Necessitous school children, 1924
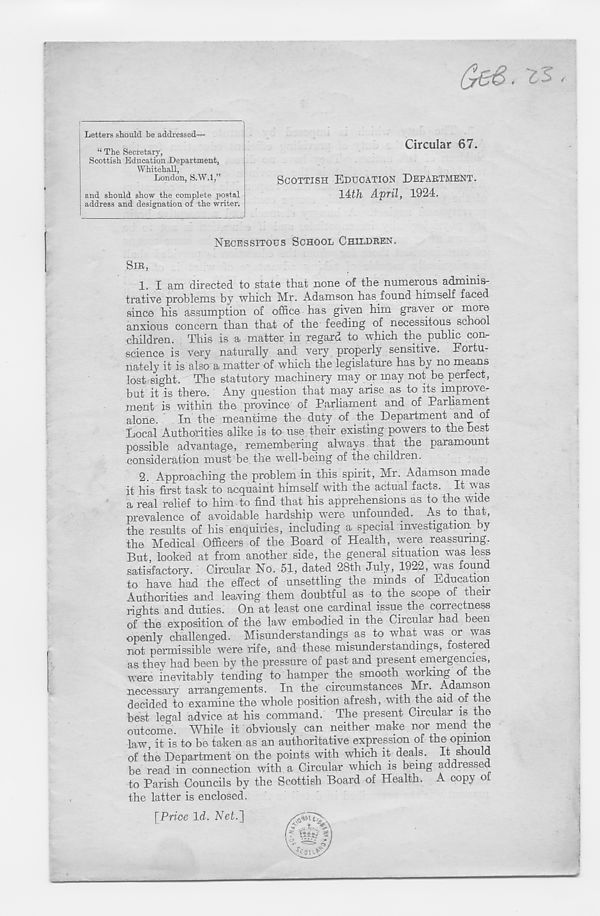
ge6. '£2
Letters should be addressed—
“ The Secretary,
Scottish Education Department,
Whitehall,
London, S.W.l,”
Circular 67.
and should show the complete postal
address and designation of the writer.
SCOTTISH EDUCATION DEPARTMENT.
lUh April, 1924.
NECESSITOUS SCHOOL CHILDREN.
SIR,
1. I am directed to state that none of the numerous adminis-
trative problems by which Mr. Adamson has found himself faced
since his assumption of office has given him graver or more
anxious concern than that of the feeding of necessitous school
children. This is a matter in regard to which the public con-
science is very naturally and very properly sensitive. Fortu-
nately it is also a matter of which the legislature has by no means
lost sight. The statutory machinery may or may not be perfect,
but it is there. Any question that may arise as to its improve-
ment is within the province of Parliament and of Parliament
alone.
In the meantime the duty of the Department and of
Local Authorities alike is to use their existing powers to the best
possible advantage, remembering always that the paramount
consideration must be the well-being of the children.
2. Approaching the problem in this spirit, Mr. Adamson made
it his first task to acquaint himself with the actual facts. It was
a real relief to him to find that his apprehensions as to the wide
prevalence of avoidable hardship were unfounded. As to that,
the results of his enquiries, including a special investigation by
the Medical Officers of the Board of Health, were reassuring.
But looked at from another side, the general situation was less
satisfactory. Circular No. 51, dated 28th July, 1922, was found
to have had the effect of unsettfing the minds of Education
Authorities and leaving them doubtful as to the scope of their
riedits and duties. On at least one cardinal issue the correctness
of the exposition of the law embodied in the Circular had been
openly challenged. Misunderstandings as to what was or was
not permissible were rife, and these misunderstandings, fostered
as they had been by the pressure of past and present emergencies,
were inevitably tending to hamper the smooth working of the
necessary arrangements. In the circumstances Mr. Adamson
decided to examine the whole position afresh, with the aid of the
best legal advice at his command. The present Circular is the
outcome. While it obviously can neither make nor mend the
law, it is to be taken as an authoritative expression of the opinion
of the Department on the points with which it deals. It should
be read in connection with a Circular which is being addressed
to Parish Councils by the Scottish Board of Health. A copy ol
the latter is enclosed.
[Price Id. Net.']